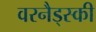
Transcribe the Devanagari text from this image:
वरनैड्स्की